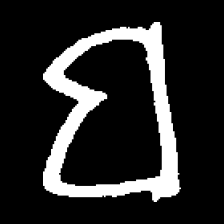
Pyu character \u2014 Myanmar letter: ဗ (romanized: ba)